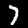
Digit: 7